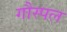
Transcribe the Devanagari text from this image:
गौस्पल